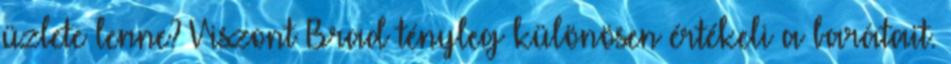
üzlete lenne? Viszont Brad tényleg különösen értékeli a barátait.